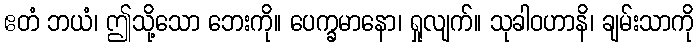
ဧတံ ဘယံ၊ ဤသို့သော ဘေးကို။ ပေက္ခမာနော၊ ရှုလျက်။ သုခါဝဟာနိ၊ ချမ်းသာကို